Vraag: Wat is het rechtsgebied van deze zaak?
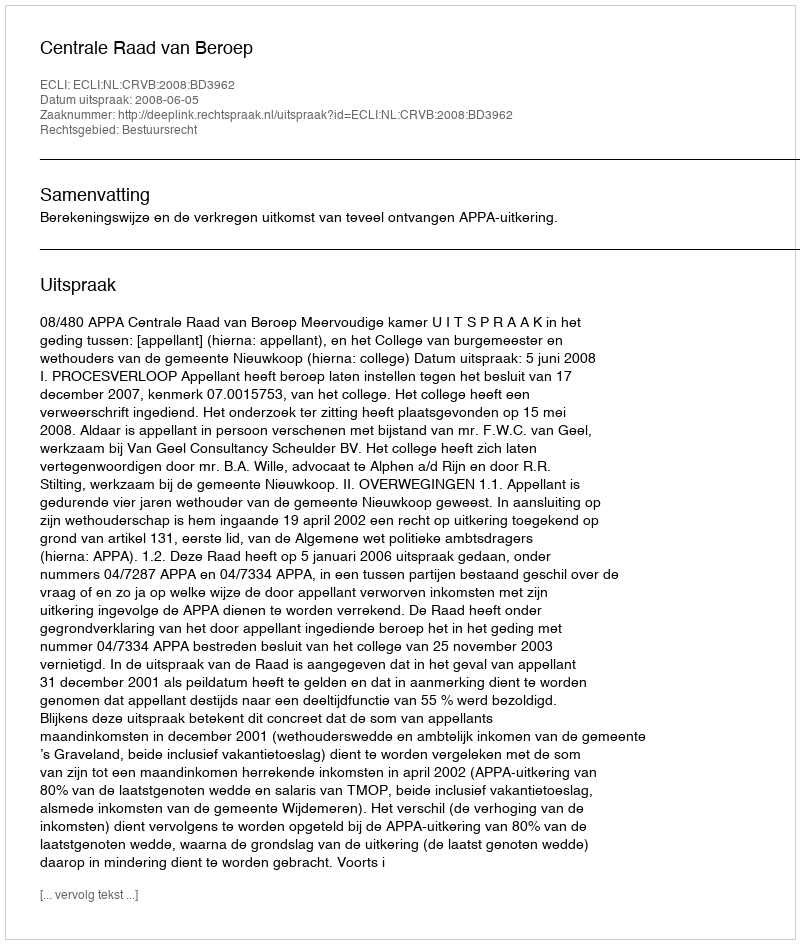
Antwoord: Bestuursrecht